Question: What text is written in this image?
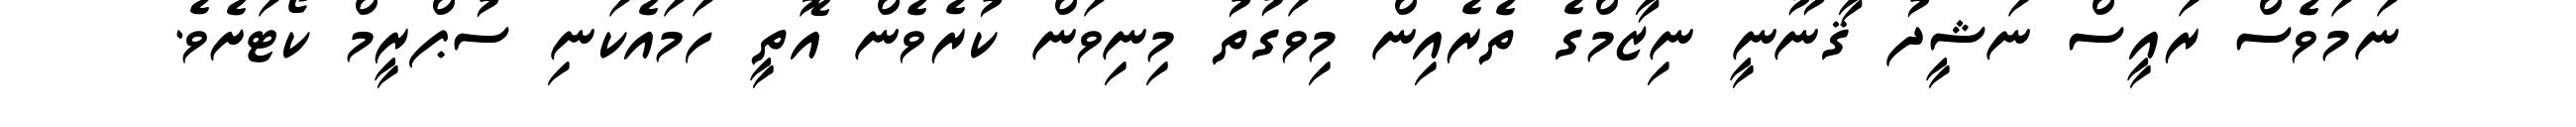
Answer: ނަމަވެސް ރައީސް ނަޝީދު ޤާނޫނީ ނިޒާމްގެ ތެރެއިން މިވަގުތު މިނިވަން ކުރެވެން އޮތީ ހަމައެކަނި ސުޕްރީމް ކޯޓަށެވެ.